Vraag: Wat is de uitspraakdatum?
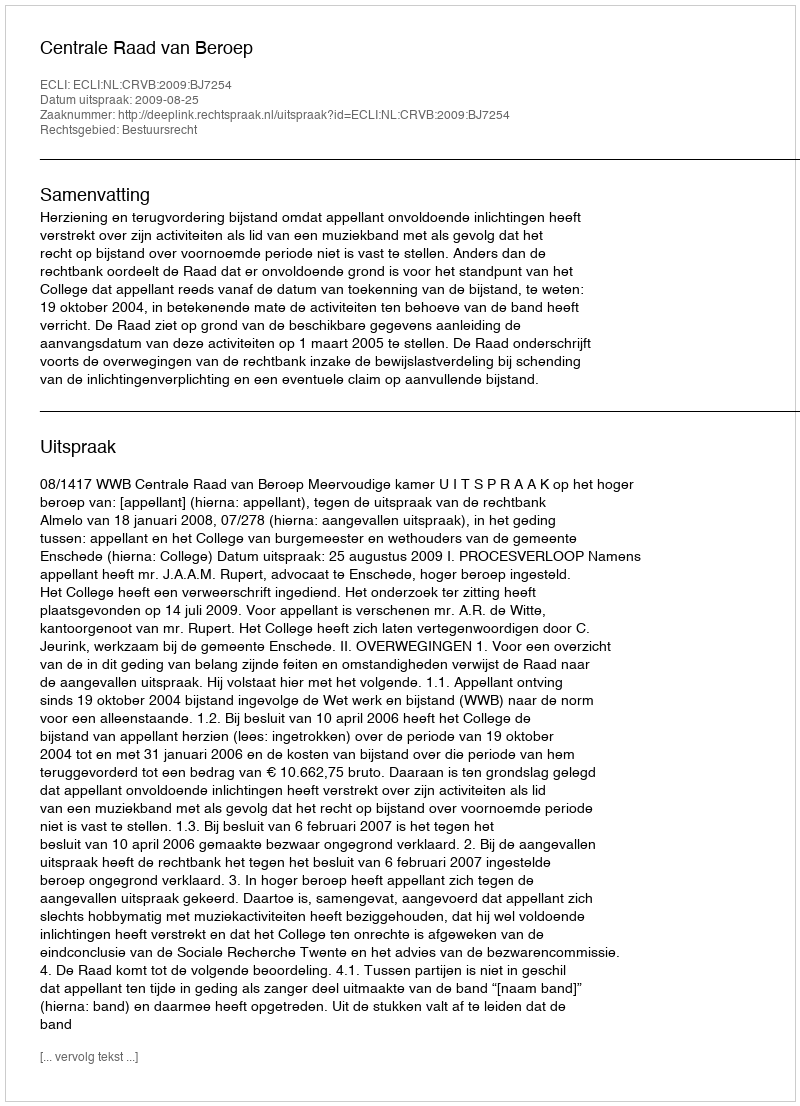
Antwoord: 2009-08-25